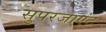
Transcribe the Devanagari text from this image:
सुपरजाएंट